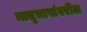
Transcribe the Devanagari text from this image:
मातृभाषांवरील